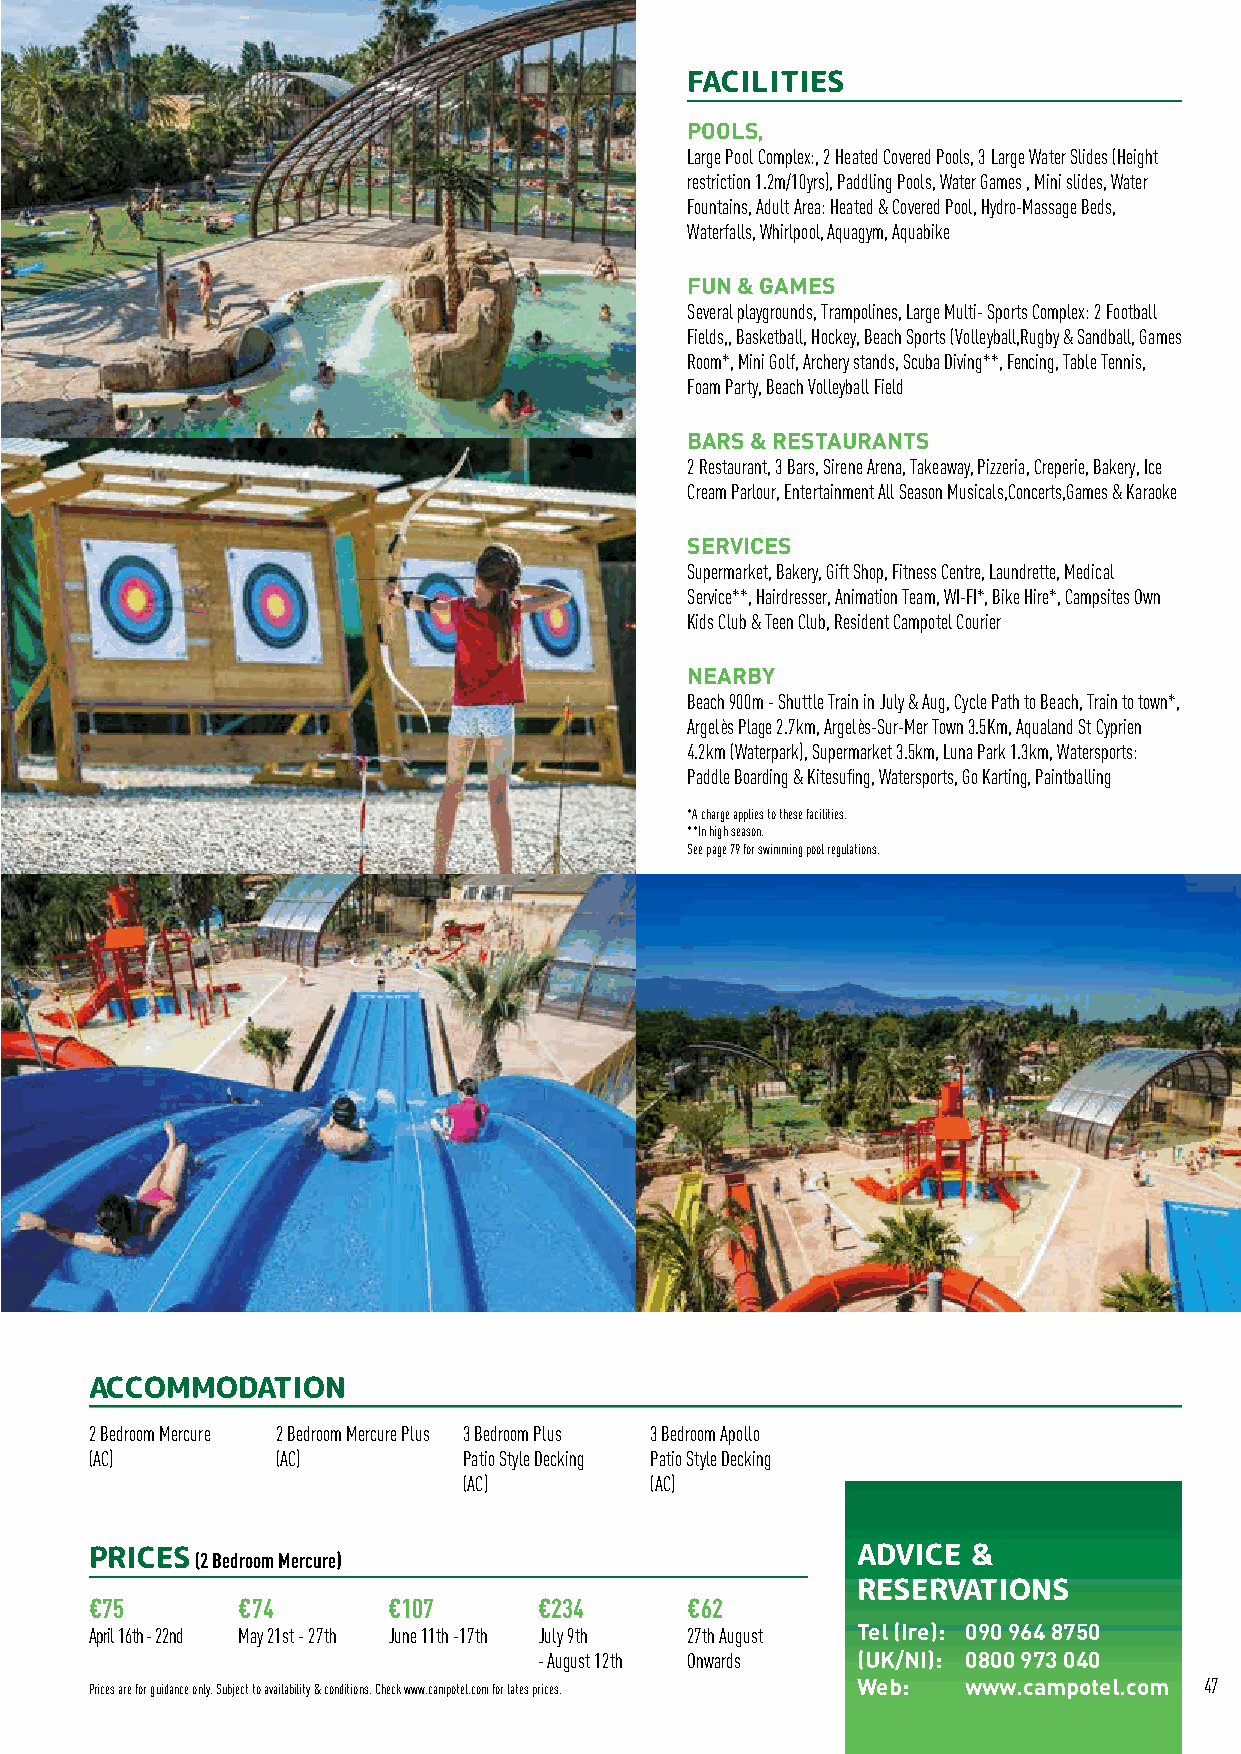
LANGUEDOC FRANCE
 FACILITIES
 POOLS,
 Large Pool Complex:, 2 Heated Covered Pools, 3 Large Water Slides (Height
 restriction 1.2m/10yrs), Paddling Pools, Water Games , Mini slides, Water
 Fountains, Adult Area: Heated & Covered Pool, Hydro-Massage Beds,
 Waterfalls, Whirlpool, Aquagym, Aquabike
 FUN & GAMES
 Several playgrounds, Trampolines, Large Multi- Sports Complex: 2 Football
 Fields,, Basketball, Hockey, Beach Sports (Volleyball,Rugby & Sandball, Games
 Room*, Mini Golf, Archery stands, Scuba Diving**, Fencing, Table Tennis,
 Foam Party, Beach Volleyball Field
 BARS & RESTAURANTS
 2 Restaurant, 3 Bars, Sirene Arena, Takeaway, Pizzeria, Creperie, Bakery, Ice
 Cream Parlour, Entertainment All Season Musicals,Concerts,Games & Karaoke
 SERVICES
 Supermarket, Bakery, Gift Shop, Fitness Centre, Laundrette, Medical
 Service**, Hairdresser, Animation Team, WI-FI*, Bike Hire*, Campsites Own
 Kids Club & Teen Club, Resident Campotel Courier
 NEARBY
 Beach 900m - Shuttle Train in July & Aug, Cycle Path to Beach, Train to town*,
 Argelès Plage 2.7km, Argelès-Sur-Mer Town 3.5Km, Aqualand St Cyprien
 4.2km (Waterpark), Supermarket 3.5km, Luna Park 1.3km, Watersports:
 Paddle Boarding & Kitesufing, Watersports, Go Karting, Paintballing
 *A charge applies to these facilities.
 **In high season.
 See page 79 for swimming pool regulations.
 ACCOMMODATION
 2 Bedroom Mercure 2 Bedroom Mercure Plus 3 Bedroom Plus 3 Bedroom Apollo
 (AC)        (AC)         Patio Style Decking Patio Style Decking
 (AC)        (AC)
 PRICES (2 Bedroom Mercure)                         ADVICE &
 RESERVATIONS
 €75       €74       €107      €234     €62
 April 16th - 22nd May 21st - 27th June 11th -17th July 9th 27th August Tel (Ire): 090 964 8750
 - August 12th Onwards (UK/NI): 0800 973 040
 Prices are for guidance only. Subject to availability & conditions. Check www.campotel.com for lates prices. Web: www.campotel.com 47